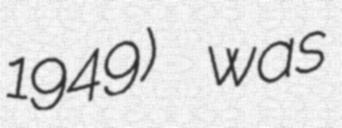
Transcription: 1949) was